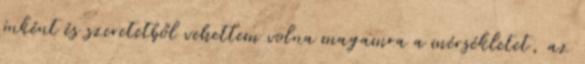
önként és szeretetből vehettem volna magamra a mérsékletet, az